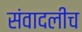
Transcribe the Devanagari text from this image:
संवादलीच